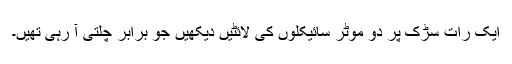
ایک رات سڑک پر دو موٹر سائیکلوں کی لائٹیں دیکھیں جو برابر چلتی آ رہی تھیں۔